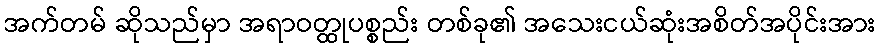
အက်တမ် ဆိုသည်မှာ အရာဝတ္ထုပစ္စည်း တစ်ခု၏ အသေးငယ်ဆုံးအစိတ်အပိုင်းအား